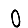
Digit: 0